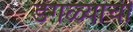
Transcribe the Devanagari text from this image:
डेंगळ्यांची